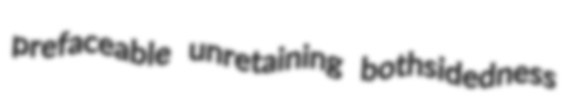
prefaceable unretaining bothsidedness